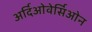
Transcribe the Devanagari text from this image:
अर्दिओवेर्सिओन